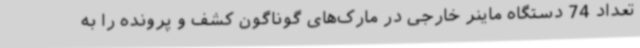
تعداد 74 دستگاه ماینر خارجی در مارک‌های گوناگون کشف و پرونده را به